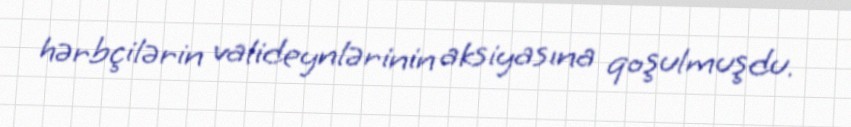
hərbçilərin valideynlərinin aksiyasına qoşulmuşdu.